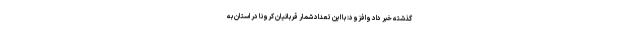
گذشته خبر داد وافزود: با این تعداد شمار قربانیان کرونا در استان به